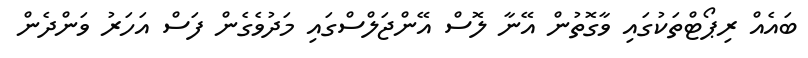
ބައެއް ރިޕޯޓްތަކުގައި ވާގޮތުން އޭނާ ލޮސް އޭންޖަލްސްގައި މަދުވެގެން ފަސް އަހަރު ވަންދެން